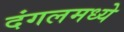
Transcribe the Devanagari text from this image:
दंगलमध्ये